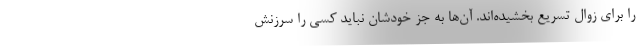
را برای زوال تسریع بخشیده‌اند. آن‌ها به جز خودشان نباید کسی را سرزنش